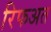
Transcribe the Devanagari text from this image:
रिफअत